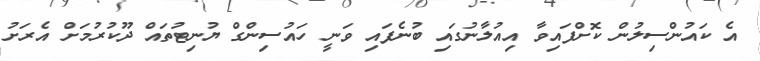
އެ ކައުންސިލުން ކޮށްފައިވާ އިއުލާނުގައި ބުނެފައި ވަނީ ހައުސިންގް ޔުނިޓުތައް ދޫކުރުމަށް އެރަށު